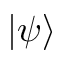
| \psi \rangle